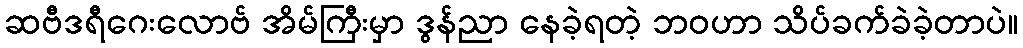
ဆဗီဒရီဂေးလောဗ် အိမ်ကြီးမှာ ဒွန်ညာ နေခဲ့ရတဲ့ ဘဝဟာ သိပ်ခက်ခဲခဲ့တာပဲ။